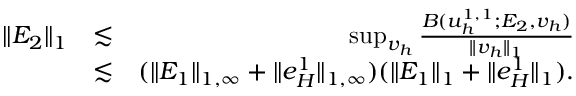
\begin{array} { r l r } { \| E _ { 2 } \| _ { 1 } } & { \lesssim } & { \operatorname* { s u p } _ { v _ { h } } \frac { B ( u _ { h } ^ { 1 , 1 } ; E _ { 2 } , v _ { h } ) } { \| v _ { h } \| _ { 1 } } } \\ & { \lesssim } & { ( \| E _ { 1 } \| _ { 1 , \infty } + \| e _ { H } ^ { 1 } \| _ { 1 , \infty } ) ( \| E _ { 1 } \| _ { 1 } + \| e _ { H } ^ { 1 } \| _ { 1 } ) . } \end{array}